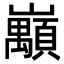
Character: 𡿅